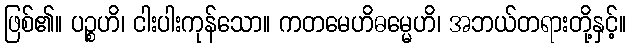
ဖြစ်၏။ ပဉ္စဟိ၊ ငါးပါးကုန်သော။ ကတမေဟိဓမ္မေဟိ၊ အဘယ်တရားတို့နှင့်။